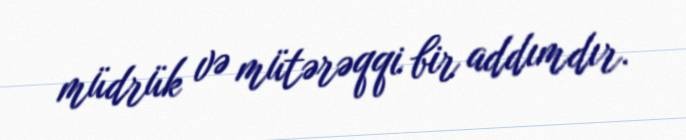
müdrük və mütərəqqi bir addımdır.